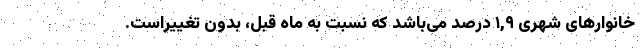
خانوارهای شهری ١,٩ درصد می‌باشد که نسبت به ماه قبل، بدون تغییراست.